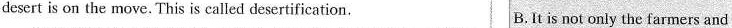
desert is on the move. This is called desertification. B.It is not only the farmers and